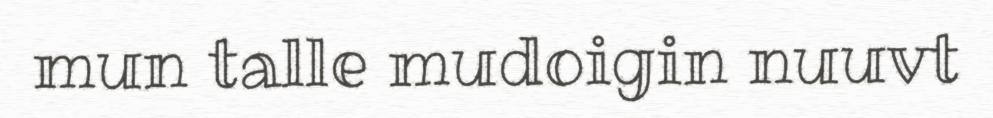
mun talle mudoigin nuuvt